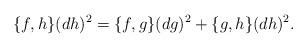
LaTeX: \begin{align*}\{f,h\}(dh)^2 = \{f,g\}(dg)^2 + \{g,h\}(dh)^2.\end{align*}